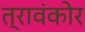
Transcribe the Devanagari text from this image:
त्रावंकोर